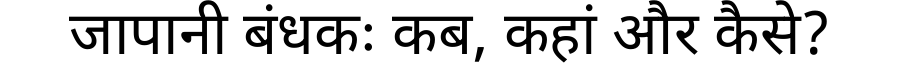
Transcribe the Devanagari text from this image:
जापानी बंधकः कब, कहां और कैसे?